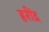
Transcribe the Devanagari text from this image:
हरींद्र